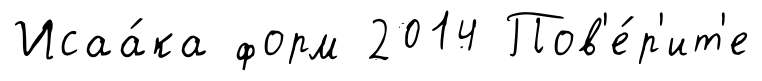
Исаа́ка форм 2014 Пов'е́р'ит'е